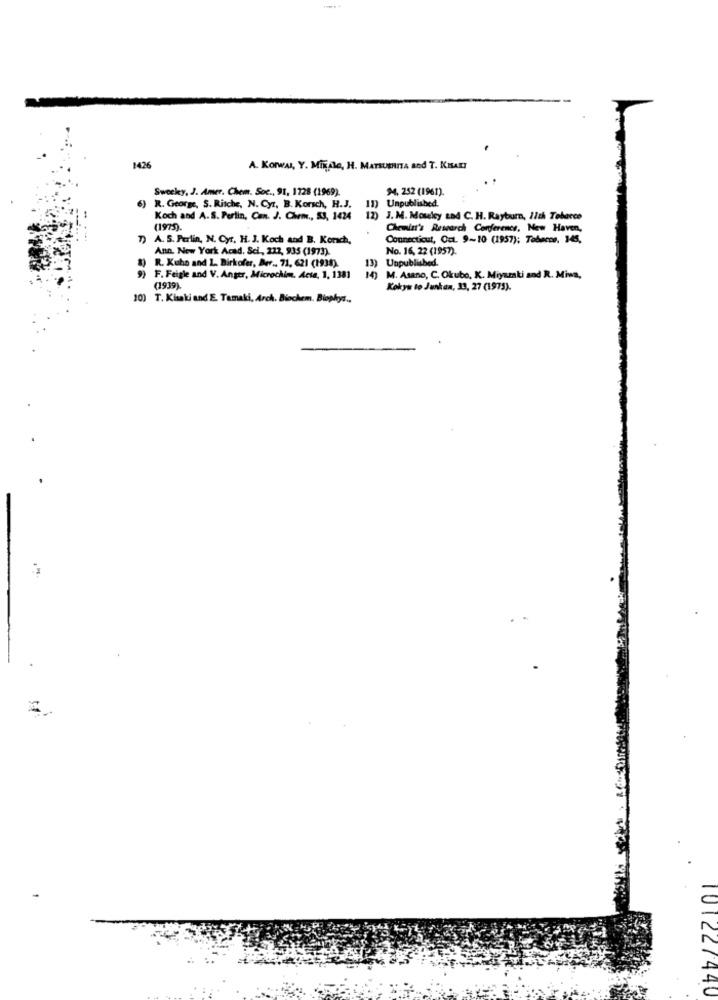
1426
A. KorWAL, Y. MinAle, H. MATSUSHITA and T. KISAKI
Sweekey, J. Amer. Chem. Soc ., 91, 1728 (1969).
94, 252 (1961).
Unpublished.
)R. George, S. Ritche, N. Cyr, B. Korsch, H.J.
Koch and A.S. Perlin, Can. J. Chem ., 53, 1424
12) J. M. Mouley Lod C. H. Rayburn, 11th Tobacco
(1975)-
Chemin's Research Conference, New Haven,
7) A. S. Perlin, N. Cyr. H. J. Koch and B. Korach,
Connecticut, Oct. 9~10 (1957); Tobacos. 145,
Ann. New York Acad. Sci, 222, 935 (1973).
No. 16, 22 (1957).
8) R. Kuho and 1. Birkofer, Der .. 71, 621 (1938).
Unpublished.
13)
9) F. Feigle and V. Anger, Microchim. Acta, 1, 1381
14) M. Asano, C. Okubo, K. Miyazaki and R. Miwa,
(1939).
Kokyw to Junkan, 13, 27 (1975).
10) T. Kisaki and E. Tamaki, Arch. Biochem. Biophys ..
101227440